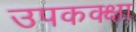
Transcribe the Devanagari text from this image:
उपकक्क्षा